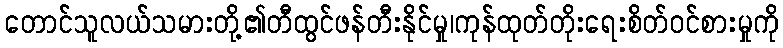
တောင်သူလယ်သမားတို့၏တီထွင်ဖန်တီးနိုင်မှု၊ကုန်ထုတ်တိုးရေးစိတ်ဝင်စားမှုကို